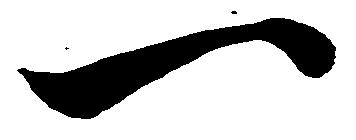
一